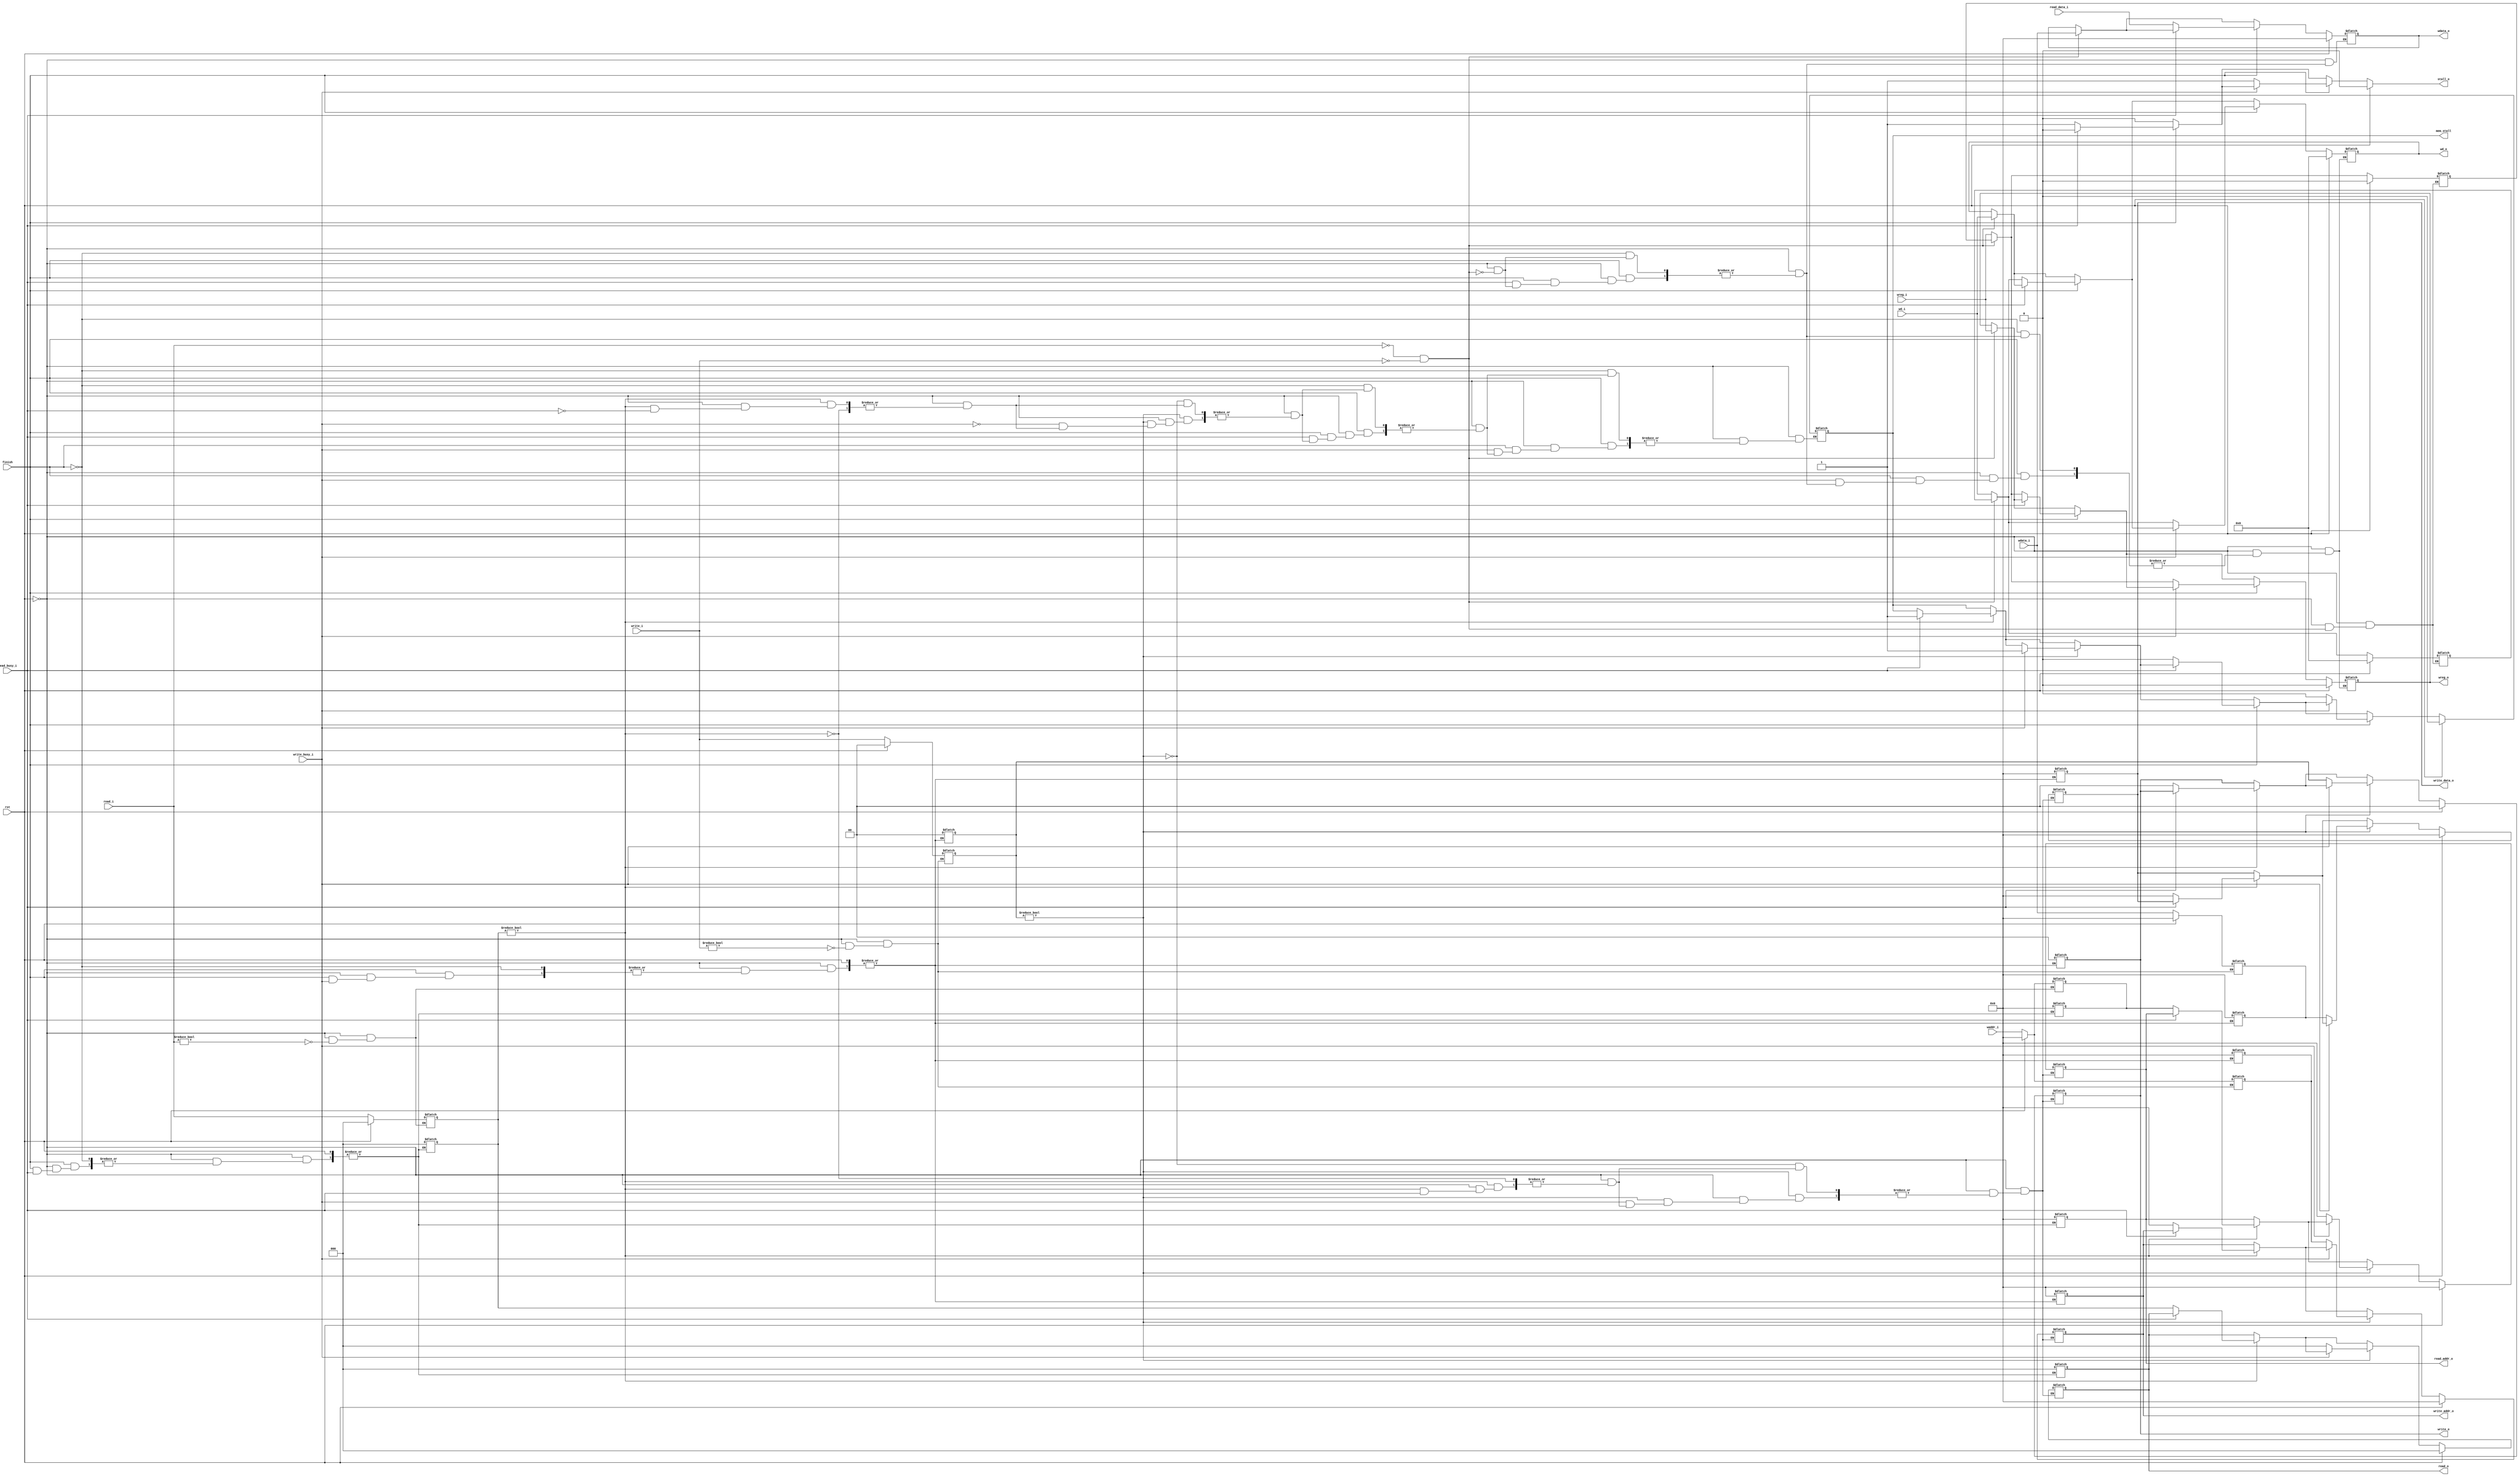
module mem(
    input wire rst,
    //ex
    input wire[2:0] read_i,
    input wire[1:0] write_i,
    input wire[4:0] wd_i,
    input wire wreg_i,
    input wire[31:0] waddr_i,
    input wire[31:0] wdata_i,
    //read
    input wire read_busy_i,
    input wire[31:0] read_data_i,
    output reg[2:0] read_o,
    output reg[31:0] read_addr_o,
    input wire finish,
    //write
    input wire write_busy_i,
    output reg[1:0] write_o,
    output reg[31:0] write_addr_o,
    output reg[31:0] write_data_o,
    //stall
    output reg mem_stall,
    //wb
    output reg[4:0] wd_o,
    output reg wreg_o,
    output reg[31:0] wdata_o,
    output reg stall_o
);

reg[2:0] read_en_reg;
reg[31:0] read_addr_reg;
reg[1:0] write_en_reg;
reg[31:0] write_addr_reg;
reg[31:0] write_data_reg;

reg[4:0] wd_reg;
reg wreg_reg;
    //ex_input
    always@(*) begin
        if(rst == 1'b1) begin
            read_o = 3'b0;
            read_addr_o = 32'h0;
            write_o = 2'b0;
            write_addr_o = 32'h0;
            write_data_o = 32'h0;
            read_en_reg = 3'b0;
            read_addr_reg = 32'h0;
            write_en_reg = 2'b0;
            write_addr_reg = 32'h0;
            write_data_reg = 32'h0;
        end else begin
            if(read_en_reg != 3'b0) begin
                if(read_busy_i != 1'b1) begin
                    read_o = read_en_reg;
                    read_addr_o = read_addr_reg;
                    write_o = 2'b0;
                    write_addr_o = 32'h0;
                    write_data_o = 32'h0;
                end
            end
            if(write_en_reg != 2'b0) begin
                if(write_busy_i != 1'b1) begin
                    write_o = write_en_reg;
                    write_addr_o = write_addr_reg;
                    write_data_o = write_data_reg;
                    read_o = 3'b0;
                    read_addr_o = 32'h0;
                end
            end
            if(read_i != 3'b0) begin
                read_en_reg = read_i;
                read_addr_reg = waddr_i;
            end
            if(write_i != 2'b0) begin
                write_en_reg = write_i;
                write_addr_reg = waddr_i;
                write_data_reg = wdata_i;
            end
        end
    end

    //mem_input
    always@(*) begin
        if(rst == 1'b1) begin
            wd_o = 5'b0;
            wreg_o = 1'b0;
            wdata_o = 32'h0;
            mem_stall = 1'b0;
            wd_reg = 5'h0;
            wreg_reg = 1'h0;
            stall_o = 1'b0;
        end else begin
            stall_o = 1'b0;
            if(read_i == 3'b0 && write_i == 2'b0) begin
                wd_o = wd_i;
                wreg_o = wreg_i;
                wdata_o = wdata_i;
            end else begin
                wd_reg = wd_i;
                wreg_reg = wreg_i;
            end
            if(read_en_reg != 3'b0) begin
                if(read_busy_i == 1'b1) begin
                    mem_stall = 1'b1;
                end
            end
            if(write_en_reg != 2'b0) begin
                if(write_busy_i == 1'b1) begin
                    mem_stall = 1'b1;
                end
            end
            if(finish != 1'b0) begin
                if(read_busy_i != 1'b1) begin
                    wd_o = wd_reg;
                    wreg_o = wreg_reg;
                    mem_stall = 1'b0;
                    wdata_o = read_data_i;
                    read_en_reg = 3'b0;
                    read_addr_reg = 32'h0;
                    read_o = 3'b0;
                    read_addr_o = 32'h0;
                    stall_o = 1'b1;
                end
            end
            if(finish != 1'b0) begin
                if(write_busy_i != 1'b1) begin
                    wd_o = wd_reg;
                    wreg_o = wreg_reg;
                    mem_stall = 1'b0;
                    write_en_reg = 2'b0;
                    write_addr_reg = 32'h0;
                    write_data_reg = 32'h0;
                    write_o = 2'b0;
                    write_addr_o = 32'h0;
                    write_data_o = 32'h0;
                    stall_o = 1'b1;
                end
            end
        end
    end

endmodule